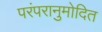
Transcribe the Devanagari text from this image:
परंपरानुमोदित